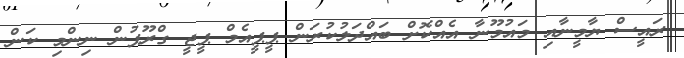
ރައީސް ޔާމީނާއި މައުމޫނާ އެއްކޮށް ބައްދަލުކުރަން ޕީޕީއެމް ޕީޖީ ގްރޫޕުން ނިންމި ކަން